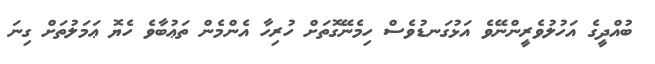
ބުއްދީގެ އަހުލުވެރީންނޭވެ އަޅުގަނޑުވެސް ހިމެނޭގޮތަށް ހުރިހާ އެންމެން ތަޢުބާވެ ހެޔޮ ޢަމަލުތަށް ގިނަ